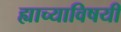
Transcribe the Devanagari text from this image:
ह्याच्याविषयी